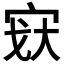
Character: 𫳉